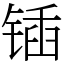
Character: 锸